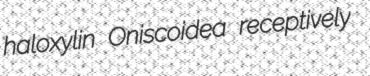
haloxylin Oniscoidea receptively